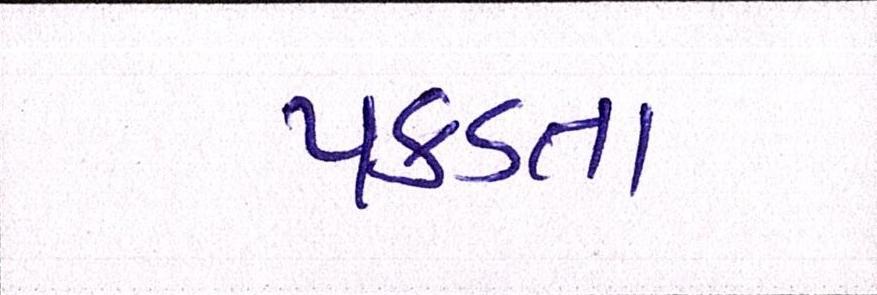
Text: પકડતા